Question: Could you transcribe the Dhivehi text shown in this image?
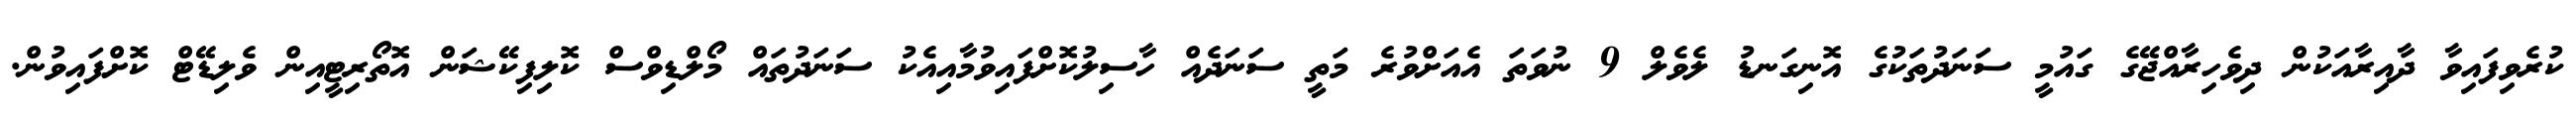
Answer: ކުރެވިފައިވާ ދާއިރާއަކުން ދިވެހިރާއްޖޭގެ ގައުމީ ސަނަދުތަކުގެ އޮނިގަނޑު ލެވެލް 9 ނުވަތަ އެއަށްވުރެ މަތީ ސަނަދެއް ހާސިލުކޮށްފައިވުމާއިއެކު ސަނަދުތައް މޯލްޑިވްސް ކޮލިފިކޭޝަން އޮތޯރިޓީއިން ވެލިޑޭޓް ކޮށްފައިވުން.